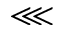
\lll